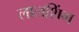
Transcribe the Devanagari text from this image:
लालशिंग